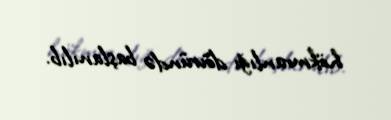
hökmranlığı dövründə başlanılıb.